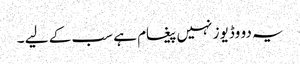
یہ دو وڈیوز نہیں پیغام ہے سب کے لیے ۔